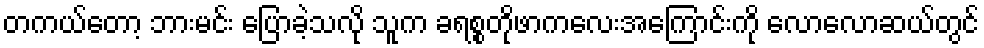
တကယ်တော့ ဘားမင်း ပြောခဲ့သလို သူက ခရစ္စတိုဖာကလေးအကြောင်းကို လောလောဆယ်တွင်